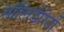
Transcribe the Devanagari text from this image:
सॉलिडैरिटी